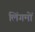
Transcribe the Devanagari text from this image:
लिंगमों